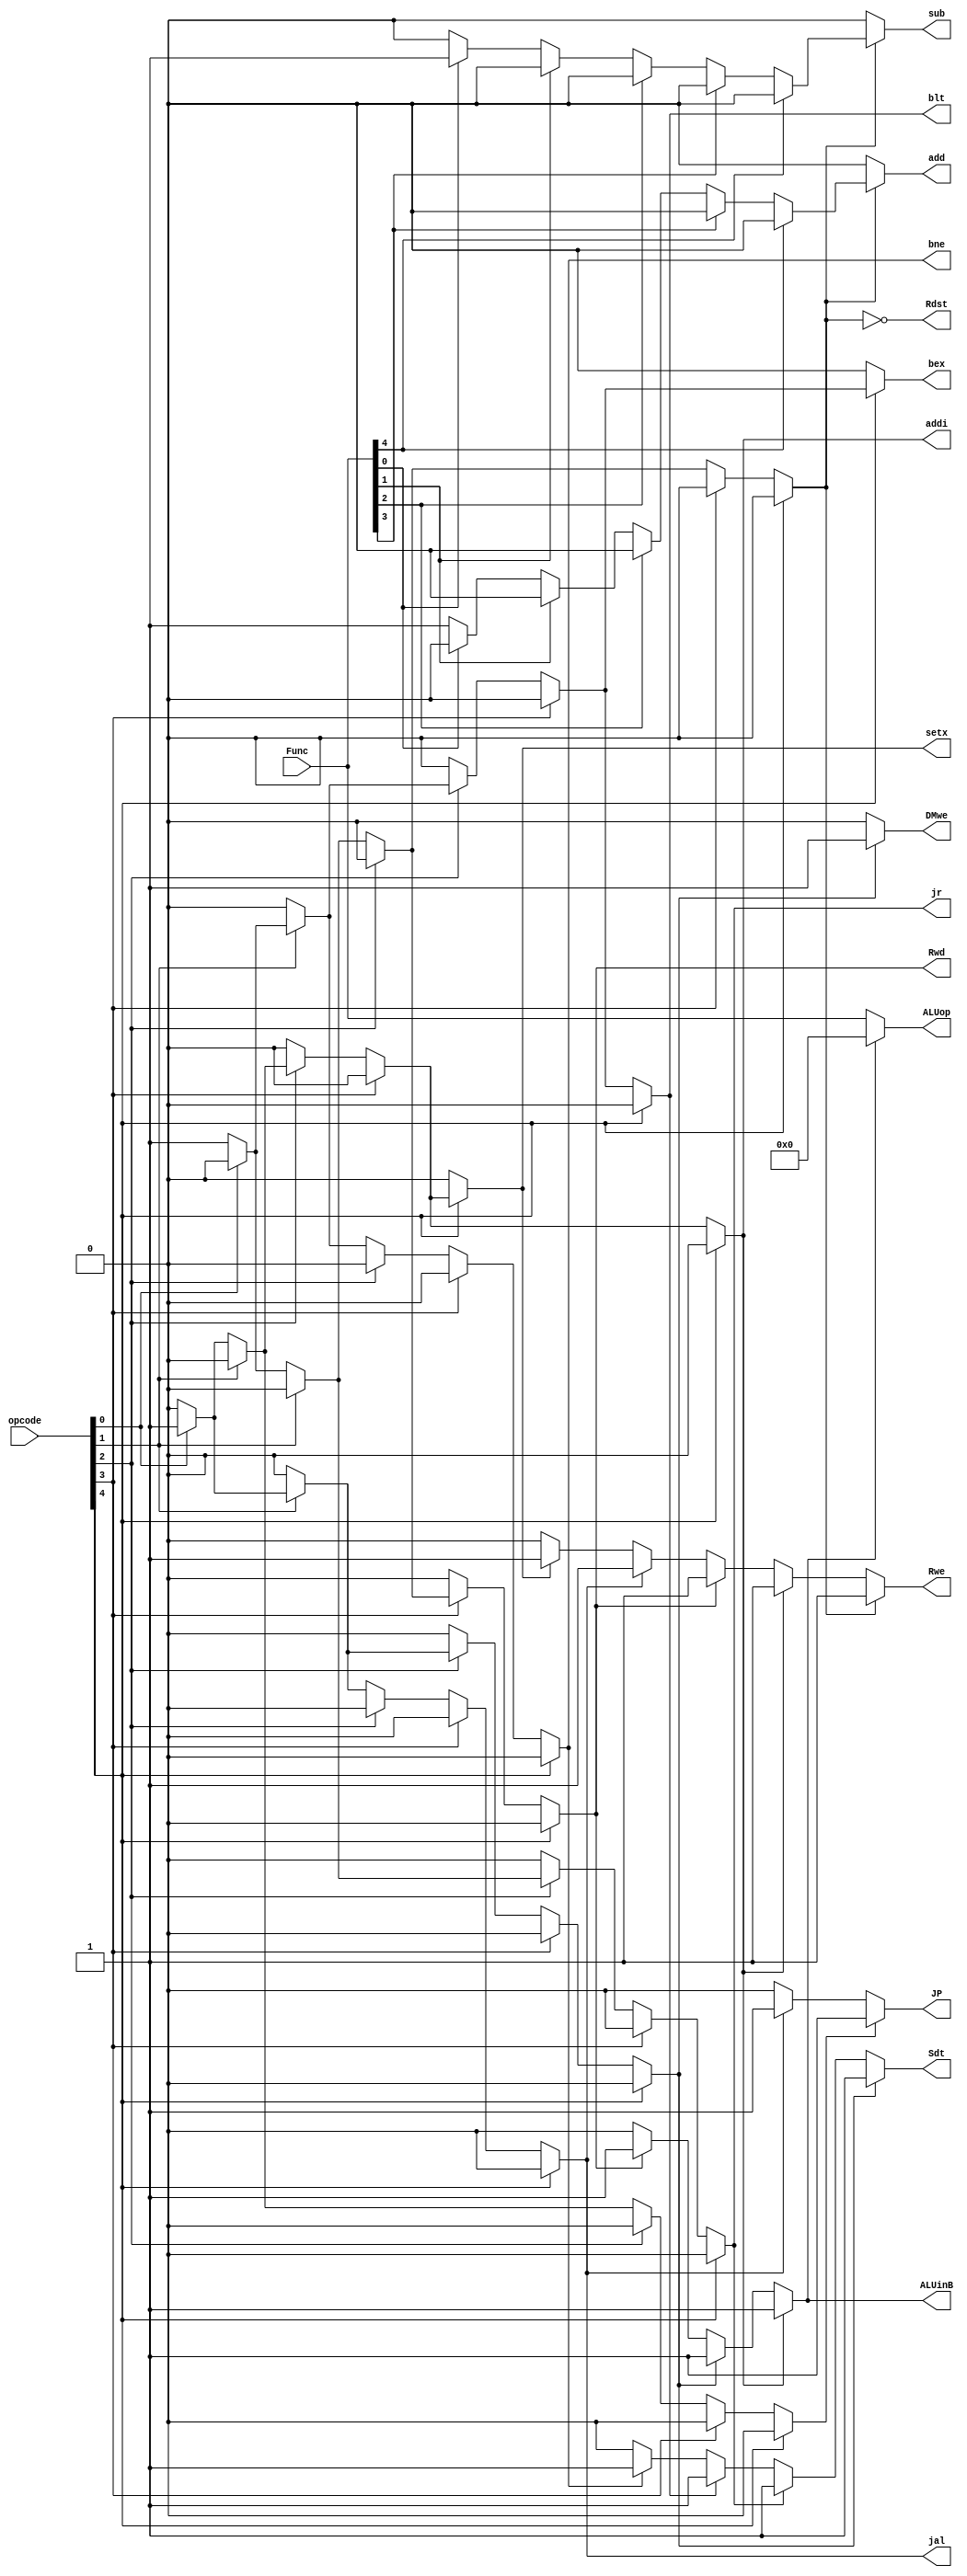
module Control(
	opcode,Func,
	Rwe,Rdst,ALUinB,ALUop,DMwe,Rwd,JP, 
	bne, blt, jr, jal, setx, bex, Sdt,
	add,addi,sub
);
	input [4:0] opcode;
	input [4:0] Func;
	output Rwe,Rdst,ALUinB,DMwe,Rwd,JP;
	output bne, blt, jr, jal, setx, bex, Sdt;
	output add,addi,sub;
	output [4:0] ALUop;
	
	//wire add,addi,sub,And,Or,sll,sra,sw,lw;
	wire And,Or,sll,sra,sw,lw;
	wire op;
	//R-Type
	assign op = opcode[4]?0:(opcode[3]?0:(opcode[2]?0:(opcode[1]?0:(opcode[0]?0:1))));
	
	//add  00000(00000)
	assign add = op?(Func[4]?0:(Func[3]?0:(Func[2]?0:(Func[1]?0:(Func[0]?0:1))))):0;
	
	//addi 00101
	assign addi = opcode[4]?0:(opcode[3]?0:(opcode[2]?(opcode[1]?0:(opcode[0]?1:0)):0));
	
	//sub  00000(00001)
	assign sub = op?(Func[4]?0:(Func[3]?0:(Func[2]?0:(Func[1]?0:(Func[0]?1:0))))):0;
	
	//sw 00111
	assign sw = opcode[4]?0:(opcode[3]?0:(opcode[2]?(opcode[1]?(opcode[0]?1:0):0):0));
	
	//lw 01000
	assign lw = opcode[4]?0:(opcode[3]?(opcode[2]?0:(opcode[1]?0:(opcode[0]?0:1))):0);
	
	//j 00001
	assign j = opcode[4]?0:(opcode[3]?0:(opcode[2]?0:(opcode[1]?0:(opcode[0]?1:0))));
	
	//bne 00010
	assign bne = opcode[4]?0:(opcode[3]?0:(opcode[2]?0:(opcode[1]?(opcode[0]?0:1):0)));
	//jal 00011
	assign jal = opcode[4]?0:(opcode[3]?0:(opcode[2]?0:(opcode[1]?(opcode[0]?1:0):0)));
	//jr 00100
	assign jr = opcode[4]?0:(opcode[3]?0:(opcode[2]?(opcode[1]?0:(opcode[0]?0:1)):0));
	
	//blt 00110
	assign blt = opcode[4]?0:(opcode[3]?0:(opcode[2]?(opcode[1]?(opcode[0]?0:1):0):0));
	
	//bex 10110
	assign bex = opcode[4]?(opcode[3]?0:(opcode[2]?(opcode[1]?(opcode[0]?0:1):0):0)):0;
	
	//setx 10101
	assign setx = opcode[4]?(opcode[3]?0:(opcode[2]?(opcode[1]?0:(opcode[0]?1:0)):0)):0;
	
	//Rwe
	assign Rwe = op?1:(addi?1:(lw?1:(jal?1:(setx?1:0))));
	//Rdst
	assign Rdst = ~op;
	//ALUinB
	assign ALUinB = addi?1:(sw?1:(lw?1:0));
	//ALUop
	assign ALUop = ALUinB?5'b00000:Func;
	//DMwe
	assign Sdt = sw?1:(jr?1:(blt?1:(bne?1:0)));
	assign DMwe = sw?1:0;
	//Rwd
	assign Rwd = lw;
	//BR
	//assign BR = blt?1:(bne?1:0);
	//JP
	assign JP = j?1:(jal?1:0);
endmodule